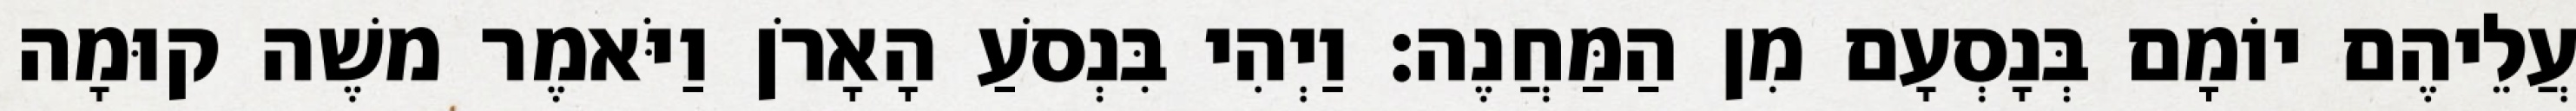
עֲלֵיהֶם יוֹמָם בְּנָסְעָם מִן הַמַּחֲנֶה׃ וַיְהִי בִּנְסֹעַ הָאָרֹן וַיֹּאמֶר משֶׁה קוּמָה